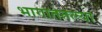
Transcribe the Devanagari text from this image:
भागाततल्या